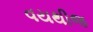
વયથીજ